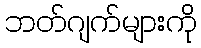
ဘတ်ဂျက်များကို